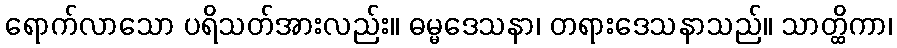
ရောက်လာသော ပရိသတ်အားလည်း။ ဓမ္မဒေသနာ၊ တရားဒေသနာသည်။ သာတ္ထိကာ၊